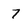
Character: 7